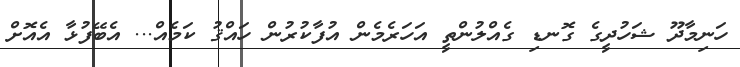
ހަނިމާދޫ ޝަހުދީގެ ގޮނޑި ގެއްލުންތީ އަހަރެމެން އުފާކުރުން ހައްޤު ކަމެއް... އެބޭފުޅާ އެއޮށް